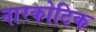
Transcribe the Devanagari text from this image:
नारकोटिक